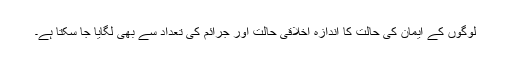
لوگوں کے ایمان کی حالت کا اندازہ اخلاقی حالت اور جرائم کی تعداد سے بھی لگایا جا سکتا ہے۔